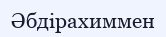
Әбдірахиммен